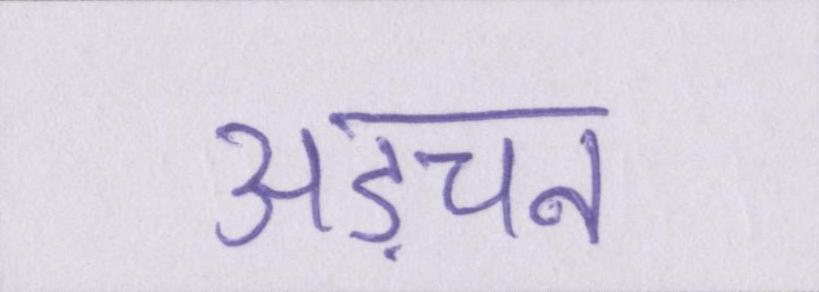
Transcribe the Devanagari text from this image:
अड़चन